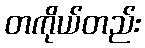
တကိုယ်တည်း